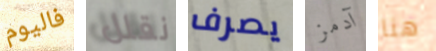
فاليوم نقلل يصرف آدمز هنا